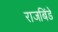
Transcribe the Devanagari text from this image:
राजबिंडे